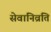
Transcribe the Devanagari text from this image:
सेवानिव्रति